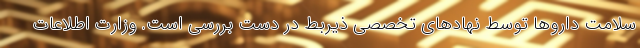
سلامت داروها توسط نهادهای تخصصی ذیربط در دست بررسی است. وزارت اطلاعات